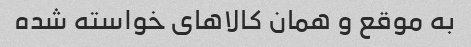
به موقع و همان کالا‌های خواسته شده